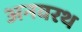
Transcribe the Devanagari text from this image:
अनवरथ